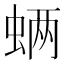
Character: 𮔊